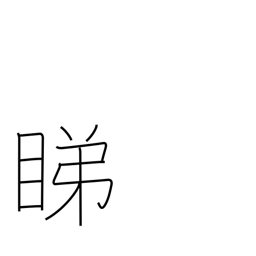
Meaning: looking askance at